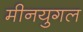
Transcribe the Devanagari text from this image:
मीनयुगल